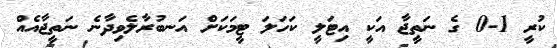
ކުރީ 1-0 ގެ ނަތީޖާ އަކީ އިޓަލީ ކަހަލަ ޓީމަކަށް އަނބުރާލެވިދާނެ ނަތީޖާއެއް